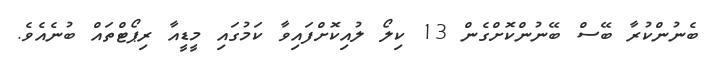
ބެނުންކުރާ ބޭސް ބޭނުންކޮށްގެން 13 ކިލޯ ލުއިކޮށްފައިވާ ކަމުގައި މީޑީއާ ރިޕޯޓްތައް ބުނެއެވެ.